Jarvakandi_vallavalitsus, lk 19
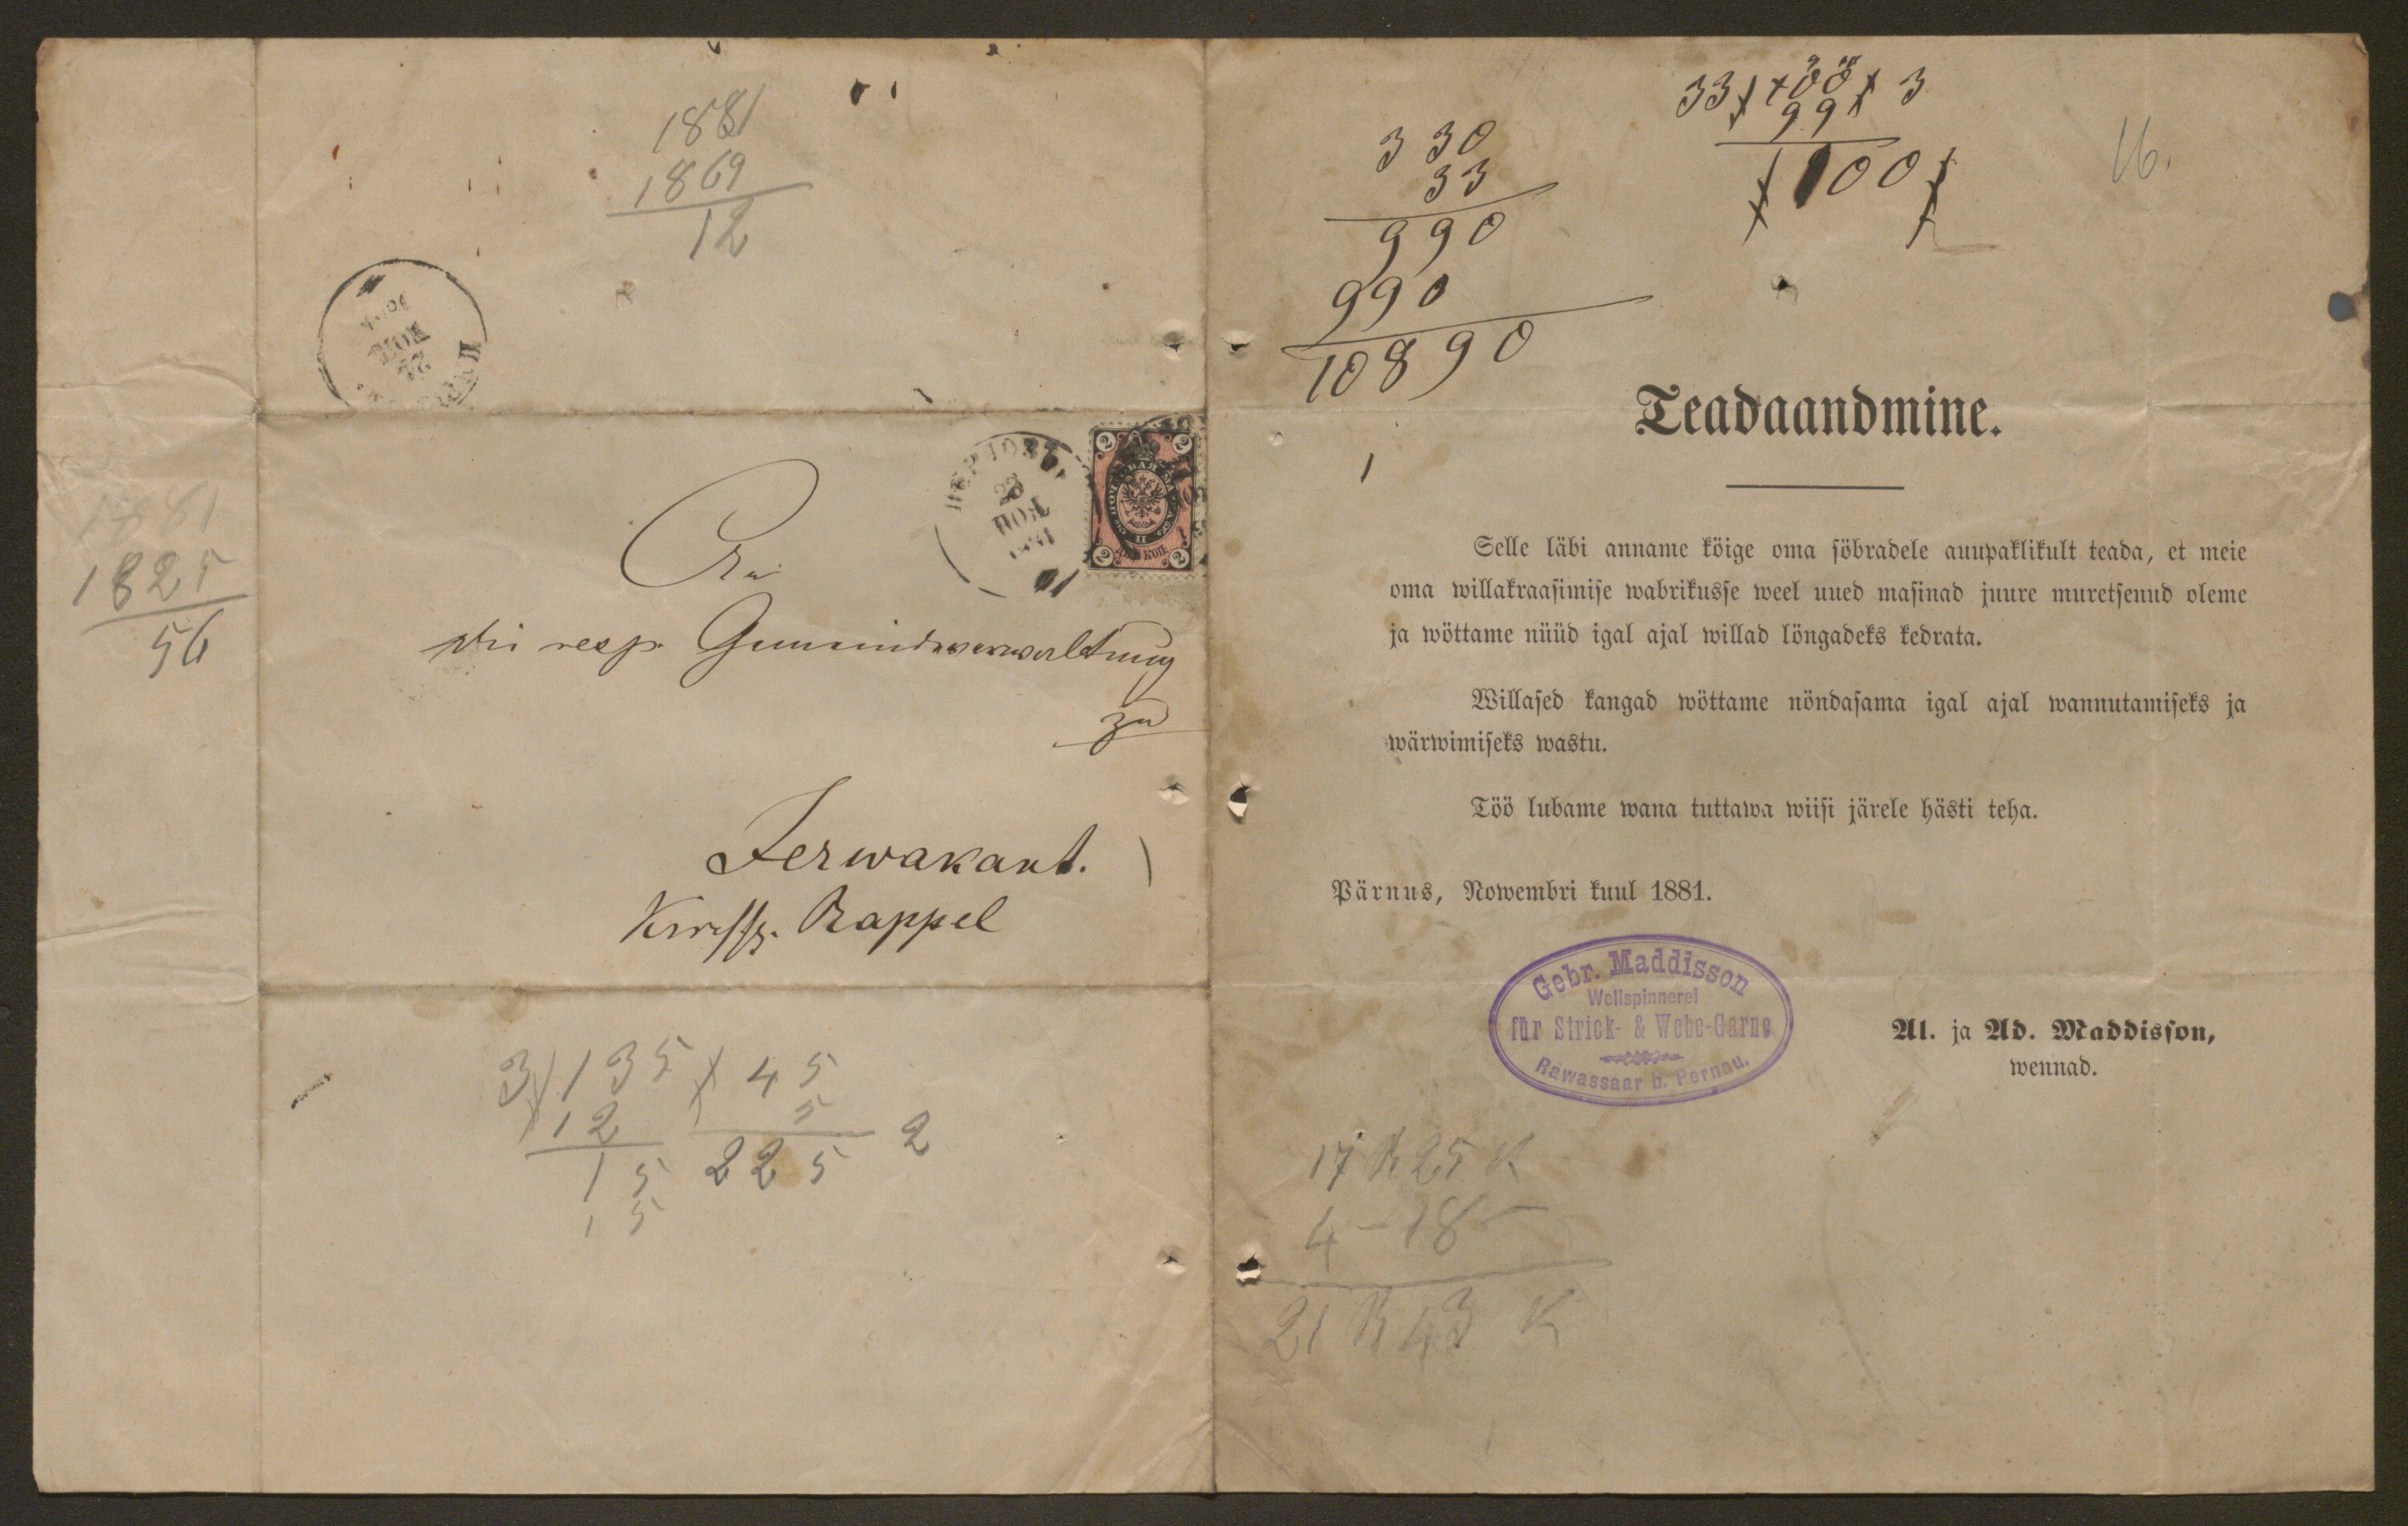
33/ X ÖÖ / 3
99
330
/100/
16.
33
990
990
108 90
Teadaandmine.
1
Selle läbi anname kõige oma sõbradele auupaklikult teada, et meie
oma willakraasimise wabrikusse weel uued masinad juure muretsenud oleme
ja wõttame nüüd igal ajal willad lõngadeks kedrata.
Willased kangad wõttame nõndasama igal ajal wannutamiseks ja
wärwimiseks wastu.
Töö lubame wana tuttawa wiisi järele hästi teha.
Pärnus, Nowembri kuul 1881.
Al. ja Ad. Maddisson,
wennad.

1881
1869
12

1881
1825
56